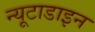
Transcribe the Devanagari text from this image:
न्यूटाडाइन